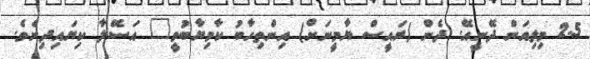
2.5 މިލިއަން ދޭނީއޭ. ދެން (ރައީސް ޔާމީނަށް) އިންތިހާބު ކާމިޔާބުވީ" އަސޭލާ ކިޔައިދިނެވެ.